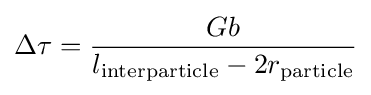
\Delta \tau ={\frac {Gb}{l_{\text{interparticle}}-2r_{\text{particle}}}}